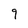
Character: 9